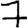
Digit: 7